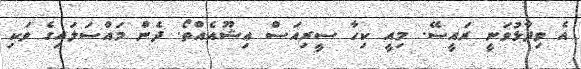
އެ ވިދާޅުވަނީ ރައީސޭ. މިއީ ކިހާ ސީރިއަސް އިޝޫއެއްތޯ. ދެން މައްސަލައިގެ ވަކި